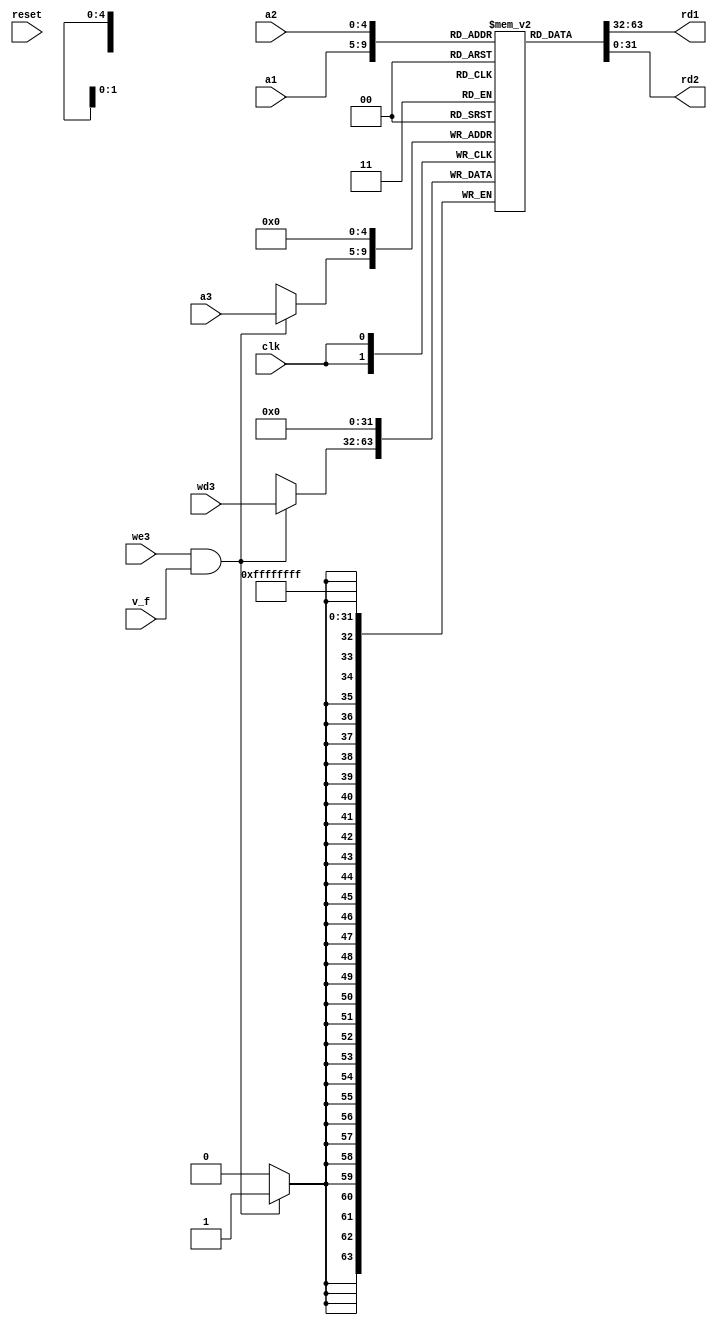
module register_file(
	input clk,
	input reset,
	input we3,
	input v_f,
	input [4:0] a1 ,
	input [4:0] a2 ,
	input [4:0] a3 ,
	input [31:0] wd3 ,
	output [31:0] rd1 ,
	output [31:0] rd2 
);
	reg [31:0] r_mem[31:0];
	assign rd1 = r_mem[a1];
	assign rd2 = r_mem[a2];
	
	always@(posedge clk)begin
		//Creating $0 register
		r_mem[0] <= 32'b0;
		if(we3&v_f)begin
			r_mem[a3]<=wd3;
		end
	end
endmodule